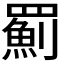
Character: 𦌥